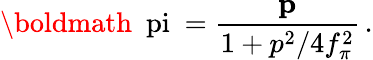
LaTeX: \mathrm{\boldmath~\ pi~}=\frac{{\mathbf p}}{1+p^{2}/4f_{\pi}^{2}}\, .